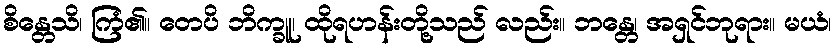
စိန္တေသိ၊ ကြံ၏။ တေပိ ဘိက္ခူ၊ ထိုရဟန်းတို့သည် လည်း။ ဘန္တေ၊ အရှင်ဘုရား။ မယံ၊